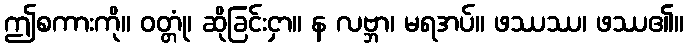
ဤစကားကို။ ဝတ္တုံ၊ ဆိုခြင်းငှာ။ န လဗ္ဘာ၊ မရအပ်။ ဖဿဿ၊ ဖဿ၏။